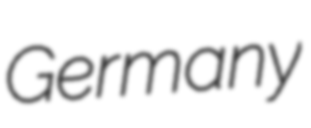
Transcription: Germany